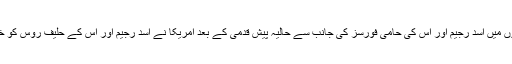
اتوار 24 جون 2018 ء)شام کے جنوبی شہروں میں اسد رجیم اور اس کی حامی فورسز کی جانب سے حالیہ پیش قدمی کے بعد امریکا نے اسد رجیم اور اس کے حلیف روس کو خطرناک نتائج کے حوالے سے خبردار کیا ہے۔